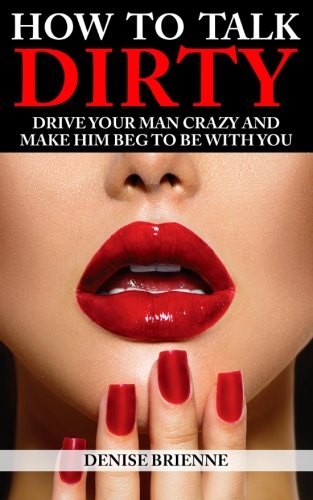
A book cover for How To Talk Dirty: Drive Your Man Crazy And Make Him Beg To Be With You; Denise Brienne; Health, Fitness & Dieting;